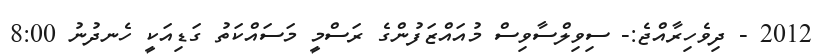
2012 - ދިވެހިރާއްޖެ:- ސިވިލްސާވިސް މުއައްޒަފުންގެ ރަސްމީ މަސައްކަތު ގަޑިއަކީ ހެނދުނު 8:00